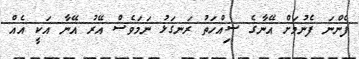
ފެންނަ ފެނުމަށް އޭނާގެ ސިއްހަތު ރަނގަޅު ނަމަވެސް އޭރު އޭނާ އަކީ އެއް